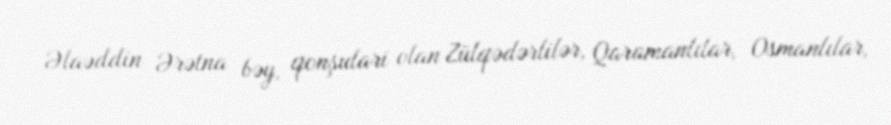
Əlaəddin Ərətna bəy, qonşulari olan Zülqədərlilər, Qaramanlılar, Osmanlılar,